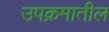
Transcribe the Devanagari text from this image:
उपक्रमातील